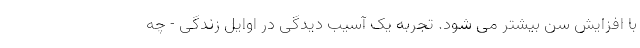
با افزایش سن بیشتر می شود. تجربه یک آسیب دیدگی در اوایل زندگی - چه